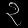
Digit: ၃